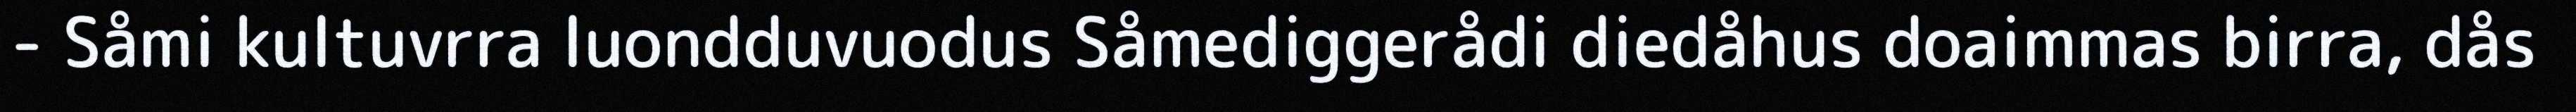
- Såmi kultuvrra luondduvuodus Såmediggerådi diedåhus doaimmas birra, dås